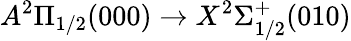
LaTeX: A^{2}\Pi_{1/2}(000)\rightarrow X^{2}\Sigma_{1/2}^{+}(010)